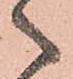
之